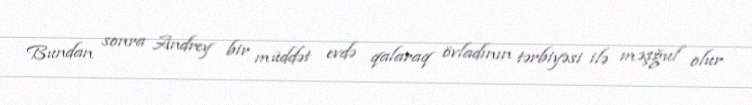
Bundan sonra Andrey bir müddət evdə qalaraq övladının tərbiyəsi ilə məşğul olur